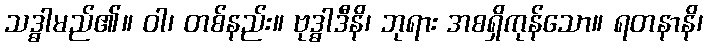
သဒ္ဓါမည်၏။ ဝါ၊ တစ်နည်း။ ဗုဒ္ဓါဒီနိ၊ ဘုရား အစရှိကုန်သော။ ရတနာနိ၊